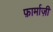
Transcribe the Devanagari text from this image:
फ़ार्माज़ी